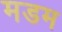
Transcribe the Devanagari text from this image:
मडम